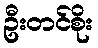
ဦးတင်စိုး